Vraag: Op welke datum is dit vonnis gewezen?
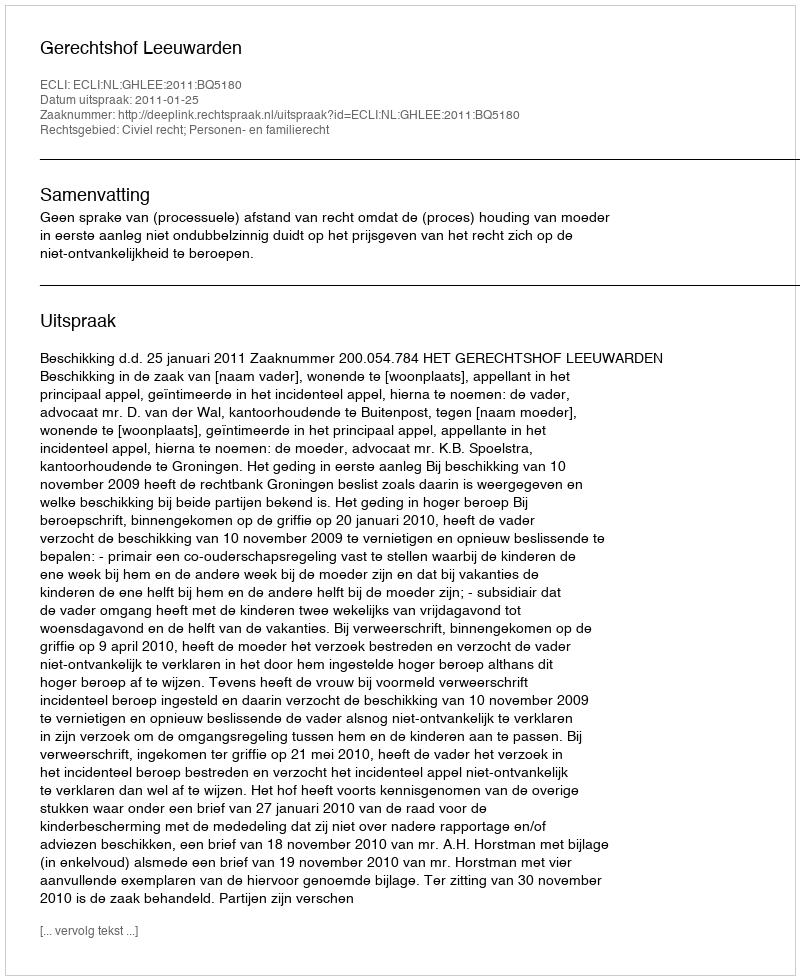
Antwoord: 2011-01-25